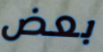
بعض